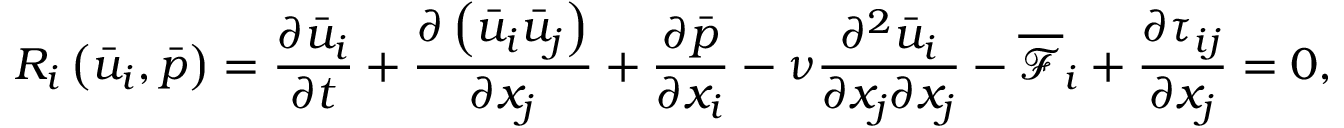
{ R _ { i } } \left( { { { \bar { u } } _ { i } } , \bar { p } } \right) = \frac { { \partial { { \bar { u } } _ { i } } } } { { \partial t } } + \frac { { \partial \left( { { { \bar { u } } _ { i } } { { \bar { u } } _ { j } } } \right) } } { { \partial { x _ { j } } } } + \frac { { \partial \bar { p } } } { { \partial { x _ { i } } } } - \nu \frac { { { \partial ^ { 2 } } { { \bar { u } } _ { i } } } } { { \partial { x _ { j } } \partial { x _ { j } } } } - { \overline { { \mathcal F } } _ { i } } + \frac { { \partial { \tau _ { i j } } } } { { \partial { x _ { j } } } } = 0 ,